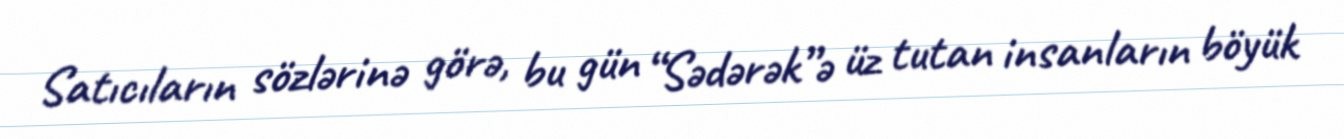
Satıcıların sözlərinə görə, bu gün “Sədərək”ə üz tutan insanların böyük